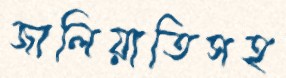
জালিয়াতিসহ